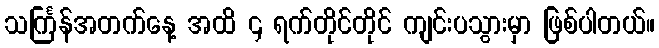
သင်္ကြန်အတက်နေ့ အထိ ၄ ရက်တိုင်တိုင် ကျင်းပသွားမှာ ဖြစ်ပါတယ်။